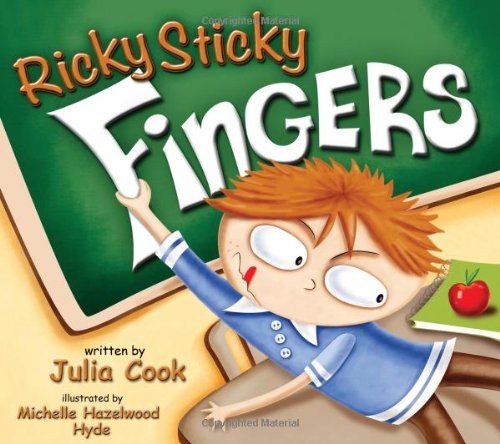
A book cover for Ricky Sticky Fingers; Julia Cook; Education & Teaching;